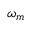
\omega _ { m }